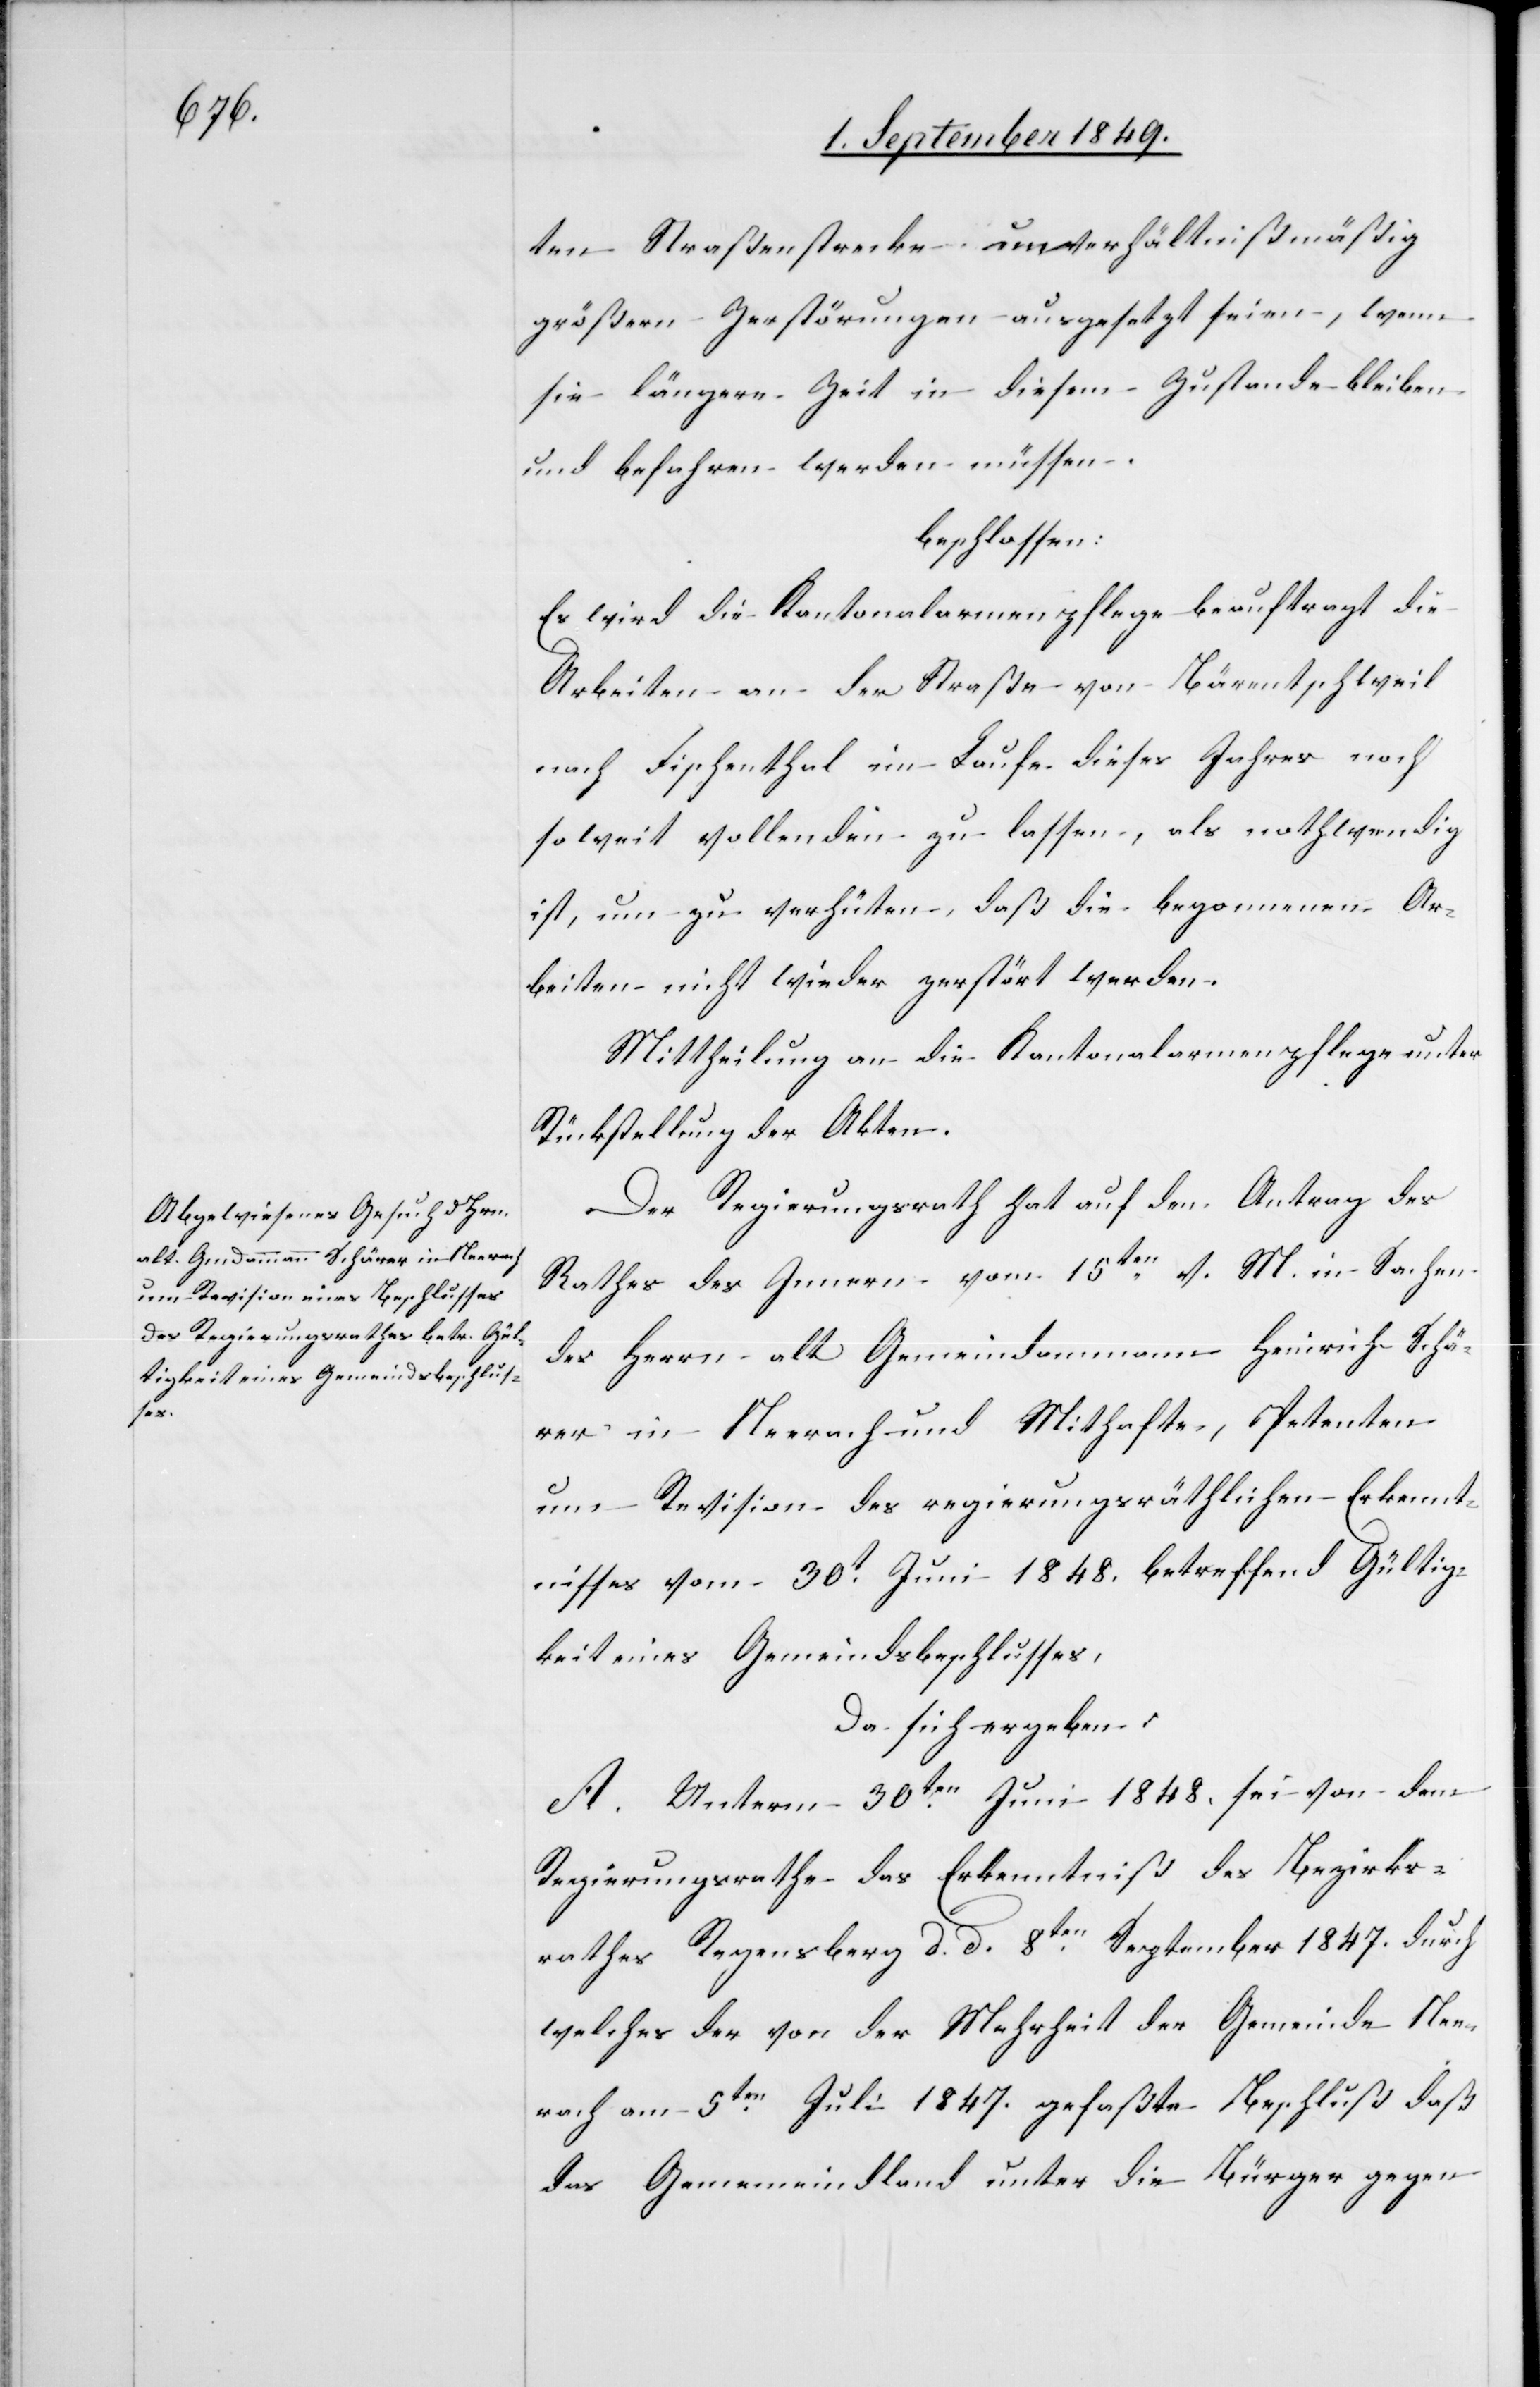
ten Straßenstrecke unverhältnißmäßig
größern Zerstörungen ausgesetzt seien, wenn
sie längere Zeit in diesem Zustande bleiben
und befahren werden müssen.
beschlossen:
Es wird die Kantonalarmenpflege beauftragt die
Arbeiten an der Straße von Bärentschweil
nach Fischenthal im Laufe dieses Jahrs noch
soweit vollenden zu lassen, als nothwendig
ist, um zu verhüten, daß die begonnenen Ar¬
beiten nicht wieder gestört werden.
Mittheilung an die Kantonalarmenpflege unter
Rückstellung der Akten.
Der Regierungsrath hat auf den Antrag des
Rathes des Innern vom 15ten v. M. in Sachen
des Herrn alt Gemeindammann Heinrich Schä¬
rer in Neerach und Mithafte, Petenten
um Revision des regierungsräthlichen Erkennt¬
nisses vom 30t Juni 1848. betreffend Gültig¬
keit eines Gemeindsbeschlusses,
Da sich ergeben:
A. Unterm 30ten Juni 1848. sei von dem
Regierungsrathe das Erkenntniß des Bezirks¬
rathes Regensberg d. d. 8ten September 1847. durch
welches der von der Mehrheit der Gemeinde Nee¬
rach am 5ten Juli 1847. gefaßte Beschluß daß
das Gemeindland unter die Bürger gegen